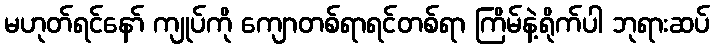
မဟုတ်ရင်နော် ကျုပ်ကို ကျောတစ်ရာရင်တစ်ရာ ကြိမ်နဲ့ရိုက်ပါ ဘုရားဆပ်